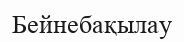
Бейнебақылау